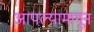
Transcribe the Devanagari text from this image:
आपल्यामागून